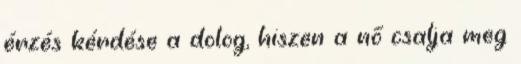
érzés kérdése a dolog, hiszen a nő csalja meg